Vaimela_(Pragi)_vallavalitsus, lk 51
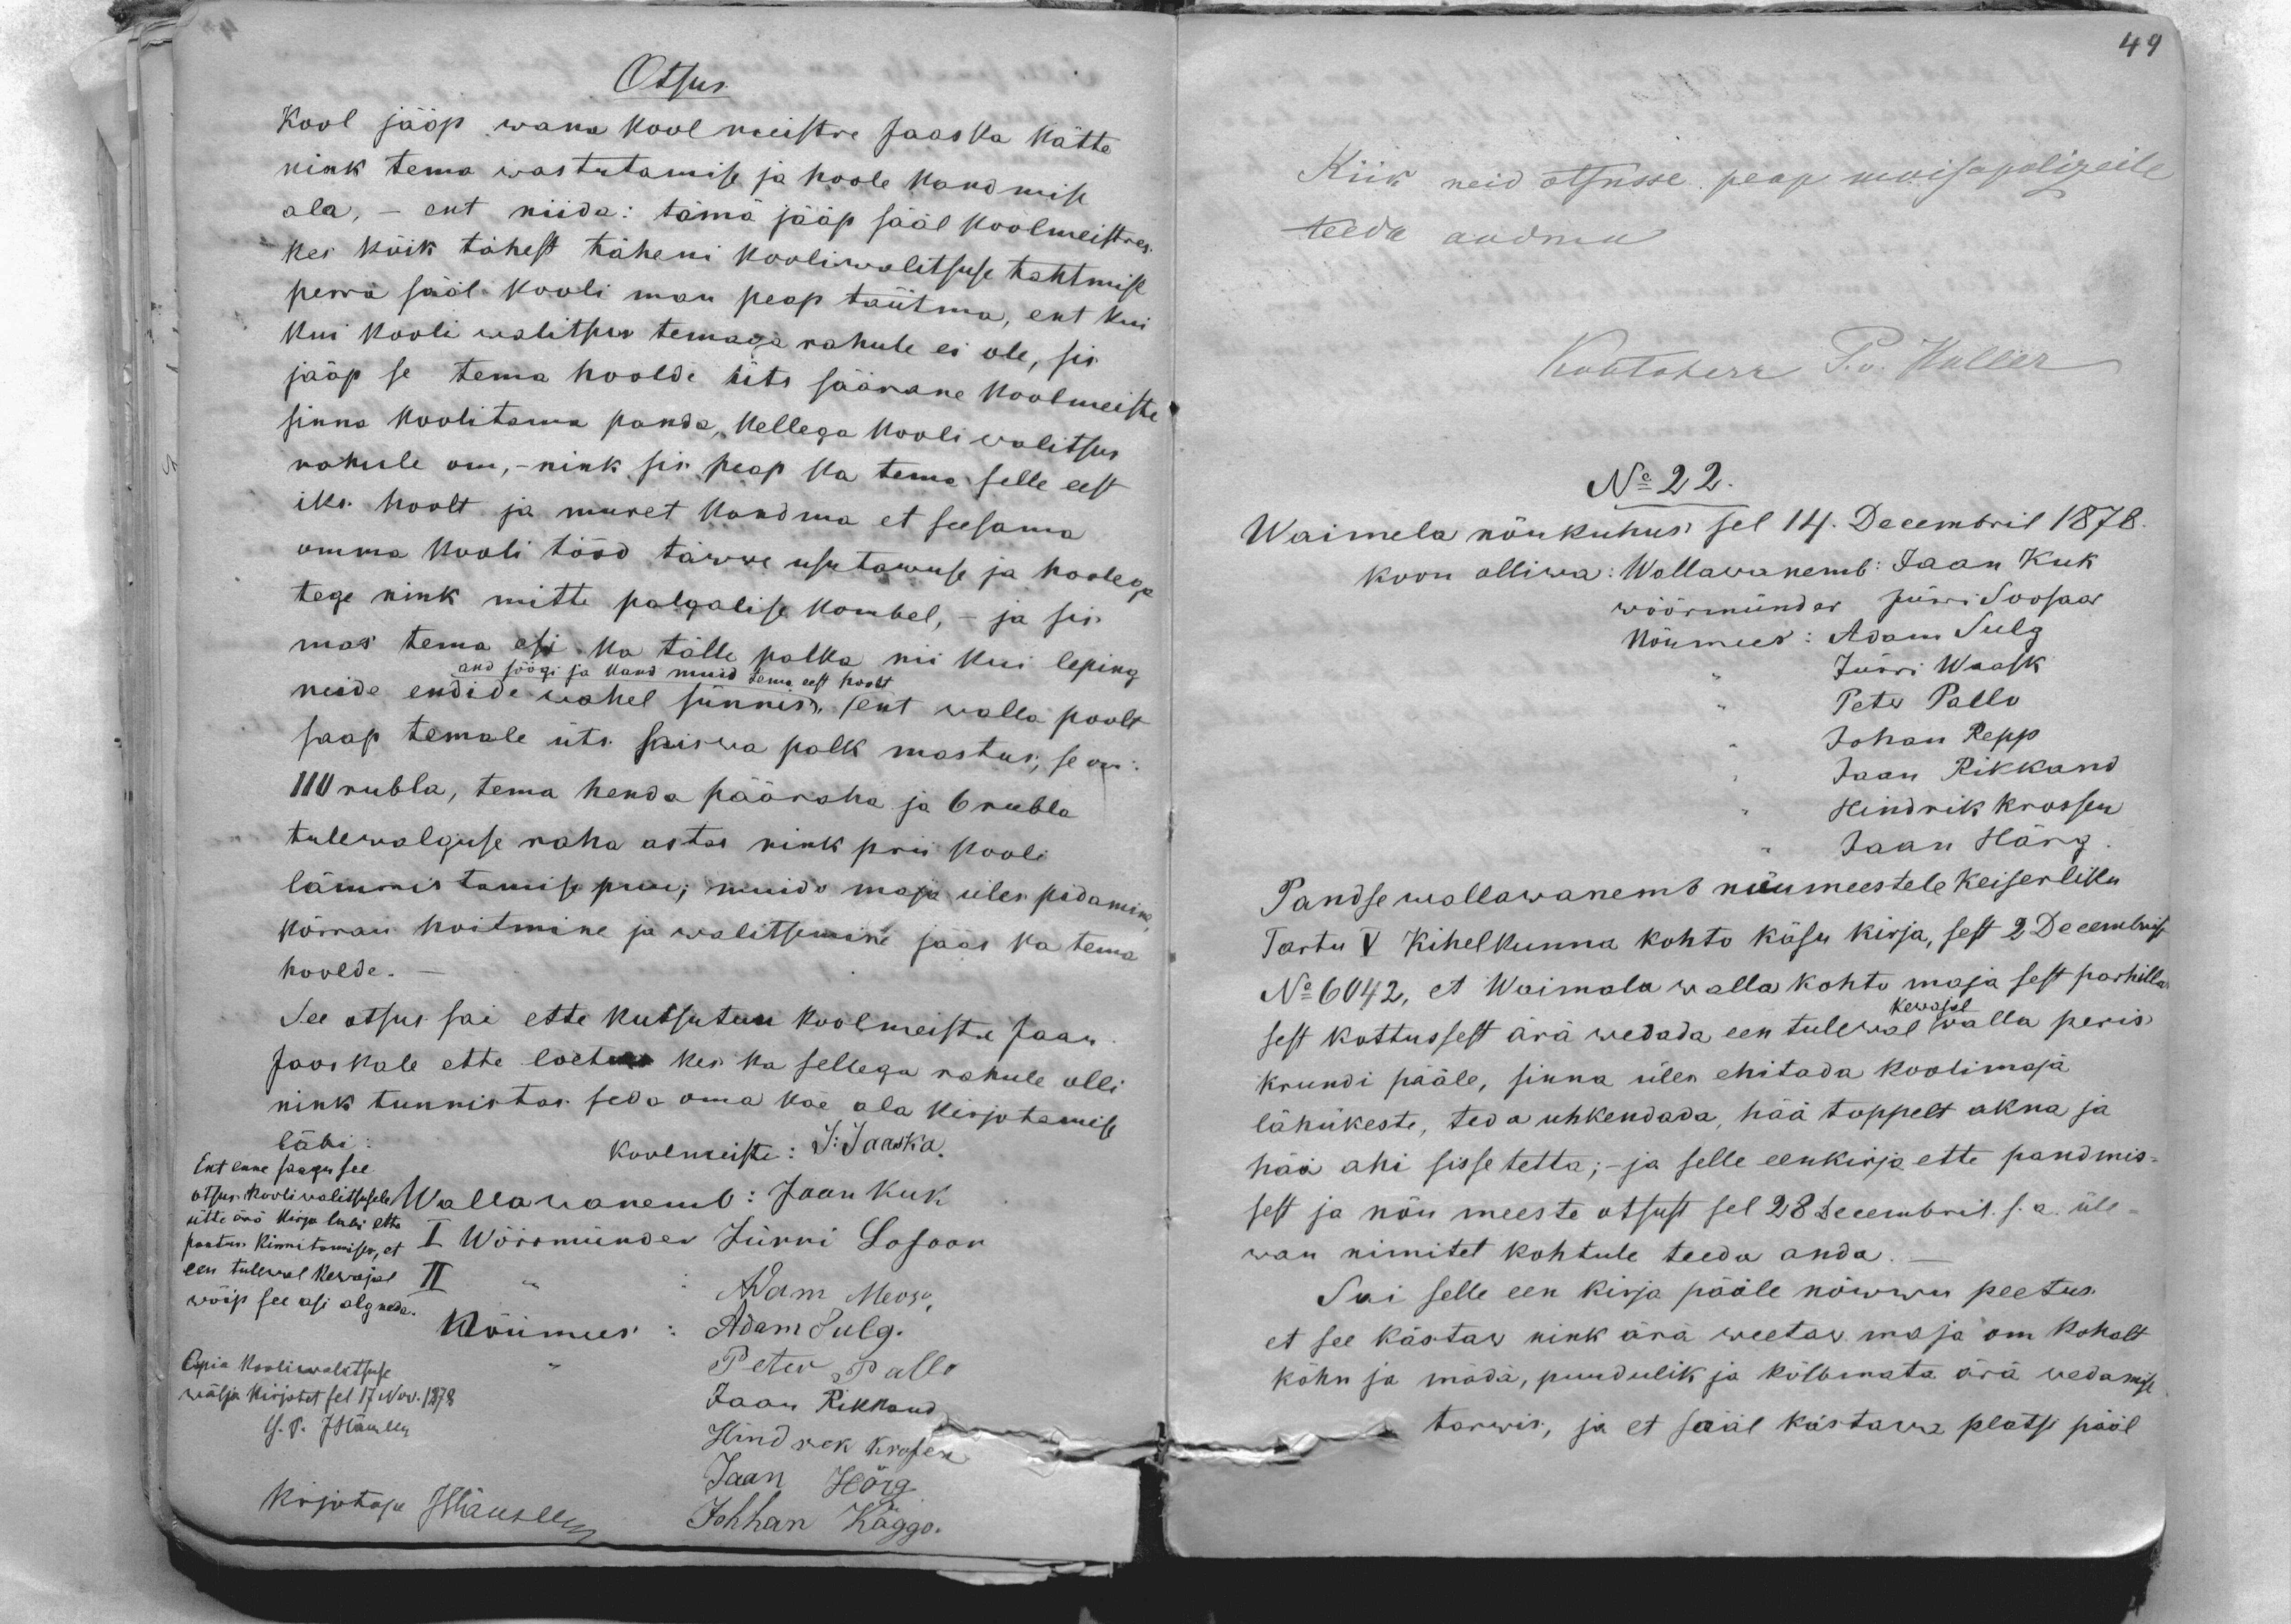
Otsus
Kool jääp wana koolmeistre Jaaska kätte
nink tema wastutamise ja hoole kandmise
ala, - ent niida: tämä jääp sääl koolmeistres
kes kõik tähest täheni kooliwalitsuse tahtmise
perra sääl kooli man peap täitma, ent kui
kui kooli walitsus temaga rahule ei ole, sis
jääp se tema hoolde üts säärane koolmeiste
sinna koolitama panda, kellega kooli walitsus
rahule om, – nink sis peap ka tema selle eest
iks hoolt ja muret kandma et seesama
omma kooli tööd täwwe usutawuse ja hoolega
tege nink mitte palgalise kombel, - ja sis
mas tema es. ka talle palka nii kui leping
and söögi ja kand muid tema eest hoolt
neide endide wahel sünnis sest walla poolt
saap temale üts saiswa palk mastus, se on:
110 rubla, tema henda pääraha ja 6 rubla
tulewalguse raha astas nink prii kooli
lämmistamise puu; muido maja üles pidamine,
kõrran hoitmine ja walitsemine jääs ka tema
hoolde.
See otsus sai ette kutsutun koolmeistre Jaan
Jaaskale ette loetus kes ka sellega rahule olli
nink tunnistas seda oma käe ala kirjotamise
läbi:
Ent enne saagu see
koolmeiste: J: Jaaska.
otsus kooliwalitsusele
Wallawanemb: Jaan Kuk
ütte ärä kirja läbi ette
kantus kinnitamises, et
I Wöörmünder Jürri Losoon
een tulewal kewajal
Adam Meose,
wõip see asi algneda.
Nõumees: Adam Sulg.
Copia Kooliwalitsuse
Peter Pallo
wälja kirjutet sel 17 Nov. 1878
Jaan Rikkand
G.T. JHällen
Hindrek Kropen
Kirjutaja Hänsler
Jaan Härg
Johhan Käggo.

Kiik neid otsusse peap moisapolizeile
teede andma
Kohtoherr P. v. Kuller
No 22.
Waimela nõukuhus sel 14. Decembril 1878.
koon olliwa: Wallawanemb: Jaan Kuk
wöörmündar Jürri Soosaar
Nõumees: Adam Sulg
Jürri Waask
Peter Pallo
Johan Repp
Jaan Rikkand
Hindrik Krossen
Jaan Härg
Pand se wallawanemb nõumeestele Keiserliku
Tartu V Kihelkonna kohto käsu kirja, sest 2 Decembris
No 6042, et Waimala walla kohto maja sest postilla
kewajal
sest kottussest ära wedada een tulewal walla peris
Krundi pääle, sinna ülen ehitada koolimaja
lähukeste, teda uhkendada, hää toppelt akna ja
hää ahi sisse tetta; - ja selle eenkirja ette pandmis-
sest ja nõu meeste otsust sel 28 Decembril s.a. üle-
wan nimitet kohtule teeda anda.
Sai selle een kirja pääle nõwwu peetus.
et see kästaw nink ära weetaw maja om kohalt
kõhn ja mädä, puudulik ja kõlbmata ärä wedamise
tarwis, ja et sääl kästawa platsi päält